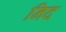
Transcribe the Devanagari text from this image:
निद